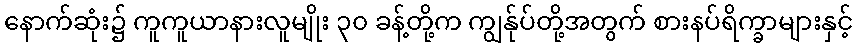
နောက်ဆုံး၌ ကူကူယာနားလူမျိုး ၃၀ ခန့်တို့က ကျွန်ုပ်တို့အတွက် စားနပ်ရိက္ခာများနှင့်